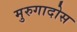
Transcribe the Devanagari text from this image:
मुरुगादोस